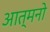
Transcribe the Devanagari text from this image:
आत्मनो